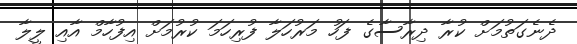
ދެނެގަތުމަށް ކުރާ ދިރާސާގެ ފަހު މަރުހަލާ ފުރިހަމަ ކުރުމަށް އިފުހާމް އާއި ލީލާ